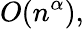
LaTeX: O(n^{\alpha}),